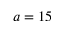
a = 1 5